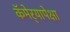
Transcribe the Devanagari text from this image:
कॅमेर्‍यापेक्षा